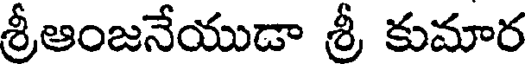
శ్రీఆంజనేయుడా శ్రీ కుమార